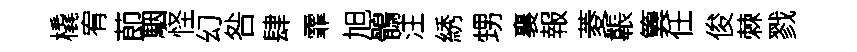
橇宥莭駰怪幻咎肆霏旭鶻注綉甥襄報菱韔簨任俊棘戮